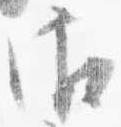
御